Subject: cs
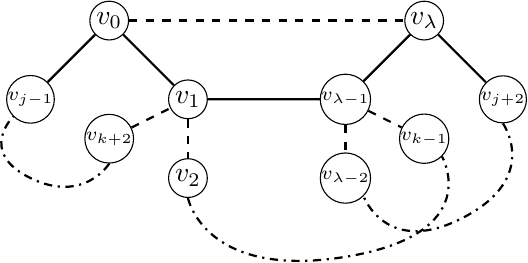
LaTeX code:
    \begin{tikzpicture}
        \node[draw, circle, inner sep=0pt, minimum size=14pt] (v0) at (0,0) {$v_0$};
        \node[draw, circle, inner sep=0pt, minimum size=14pt] (v1) at (1,-1) {$v_1$};
        \node[draw, circle, inner sep=0pt, minimum size=14pt] (v2) at (1,-2) {$v_2$};
        \node[draw, circle, inner sep=0pt, minimum size=14pt] (vj1) at (-1,-1) {\scriptsize $v_{j-1}$};
        \node[draw, circle, inner sep=0pt, minimum size=14pt] (vj2) at (5,-1) {\scriptsize $v_{j+2}$};
        \node[draw, circle, inner sep=0pt, minimum size=14pt] (vl0) at (4,0) {$v_\lambda$};
        \node[draw, circle, inner sep=0pt, minimum size=14pt] (vl1) at (3,-1) {\scriptsize $v_{\lambda-1}$};
        \node[draw, circle, inner sep=0pt, minimum size=14pt] (vl2) at (3,-2) {\scriptsize $v_{\lambda-2}$};

        \node[draw, circle, inner sep=0pt, minimum size=14pt] (vk1) at (0,-1.5)
            {\scriptsize $v_{k+2}$};
        \node[draw, circle, inner sep=0pt, minimum size=14pt] (vk2) at (4,-1.5)
            {\scriptsize $v_{k-1}$};

        \draw[thick] (v0)--(v1) (v0) -- (vj1) (vl0)--(vl1) (vl0) -- (vj2) (v0)
            edge[dashed] (vl0) (v1) edge[dashed] (v2) (vl1) edge[dashed] (vl2)
            (vk1) edge[dashed]  (v1) (v1) -- (vl1) (vl1) edge[dashed] (vk2);
        \draw[thick,dashdotted] plot [smooth, tension=2] coordinates {
            (v2.south) (3.0,-3.0) (vk2.south east) };
        \draw[thick,dashdotted] plot [smooth, tension=2] coordinates {
            (vk1.south) (-1.0,-2) (vj1.south west) };
        \draw[thick,dashdotted] plot [smooth, tension=2] coordinates {
            (vj2.south) (4.5,-2.5) (vl2.south east) };
    \end{tikzpicture}